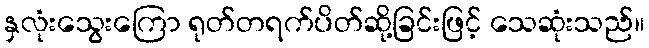
နှလုံးသွေးကြော ရုတ်တရက်ပိတ်ဆို့ခြင်းဖြင့် သေဆုံးသည်။